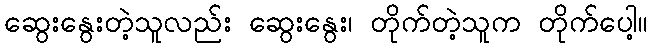
ဆွေးနွေးတဲ့သူလည်း ဆွေးနွေး၊ တိုက်တဲ့သူက တိုက်ပေါ့။